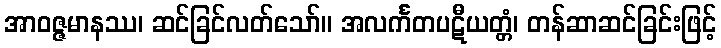
အာဝဇ္ဇမာနဿ၊ ဆင်ခြင်လတ်သော်။ အလင်္ကတပဋီယတ္တံ၊ တန်ဆာဆင်ခြင်းဖြင့်